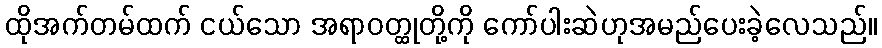
ထိုအက်တမ်ထက် ငယ်သော အရာဝတ္ထုတို့ကို ကော်ပါးဆဲဟုအမည်ပေးခဲ့လေသည်။